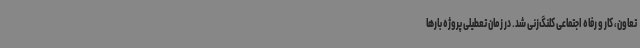
تعاون، کار و رفاه اجتماعی کلنگ‌زنی شد. در زمان تعطیلی پروژه بارها